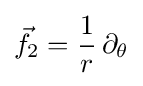
{\vec {f}}_{2}={\frac {1}{r}}\,\partial _{\theta }